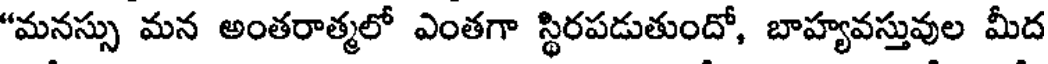
"మనస్సు మన అంతరాత్మలో ఎంతగా స్థిరపడుతుందో, బాహ్యవస్తువుల మీద